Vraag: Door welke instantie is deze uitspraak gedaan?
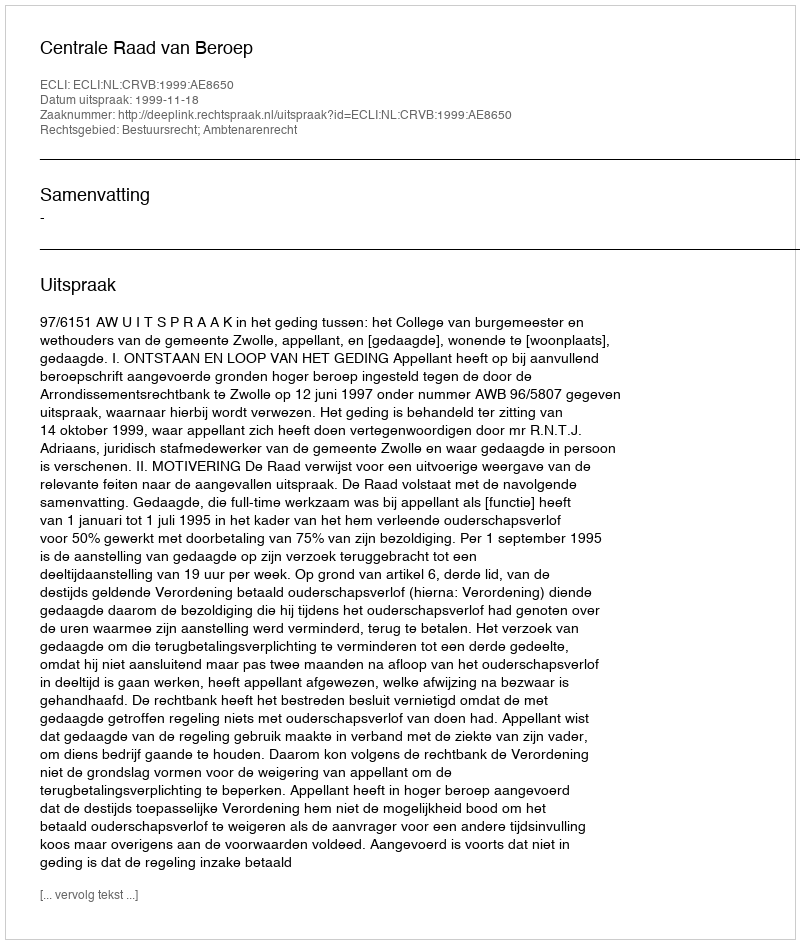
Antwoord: Centrale Raad van Beroep